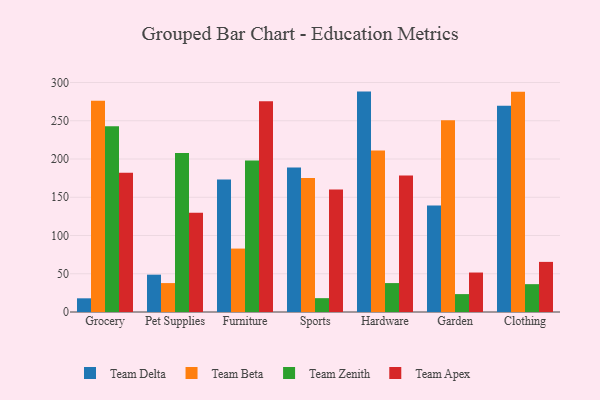
{"axis": {"x": "Category", "y": "Inventory Turnover"}, "legend": ["Team Apex", "Team Beta", "Team Delta", "Team Zenith"], "data": [{"x": "Grocery", "y": 17.9, "type": "Team Delta"}, {"x": "Grocery", "y": 276.0, "type": "Team Beta"}, {"x": "Grocery", "y": 242.9, "type": "Team Zenith"}, {"x": "Grocery", "y": 181.9, "type": "Team Apex"}, {"x": "Pet Supplies", "y": 48.8, "type": "Team Delta"}, {"x": "Pet Supplies", "y": 37.8, "type": "Team Beta"}, {"x": "Pet Supplies", "y": 207.8, "type": "Team Zenith"}, {"x": "Pet Supplies", "y": 129.8, "type": "Team Apex"}, {"x": "Furniture", "y": 173.1, "type": "Team Delta"}, {"x": "Furniture", "y": 82.9, "type": "Team Beta"}, {"x": "Furniture", "y": 198.1, "type": "Team Zenith"}, {"x": "Furniture", "y": 275.5, "type": "Team Apex"}, {"x": "Sports", "y": 188.9, "type": "Team Delta"}, {"x": "Sports", "y": 175.0, "type": "Team Beta"}, {"x": "Sports", "y": 18.1, "type": "Team Zenith"}, {"x": "Sports", "y": 160.2, "type": "Team Apex"}, {"x": "Hardware", "y": 288.1, "type": "Team Delta"}, {"x": "Hardware", "y": 211.1, "type": "Team Beta"}, {"x": "Hardware", "y": 37.8, "type": "Team Zenith"}, {"x": "Hardware", "y": 178.3, "type": "Team Apex"}, {"x": "Garden", "y": 139.1, "type": "Team Delta"}, {"x": "Garden", "y": 250.5, "type": "Team Beta"}, {"x": "Garden", "y": 23.4, "type": "Team Zenith"}, {"x": "Garden", "y": 51.6, "type": "Team Apex"}, {"x": "Clothing", "y": 269.5, "type": "Team Delta"}, {"x": "Clothing", "y": 287.8, "type": "Team Beta"}, {"x": "Clothing", "y": 36.4, "type": "Team Zenith"}, {"x": "Clothing", "y": 65.5, "type": "Team Apex"}]}